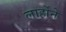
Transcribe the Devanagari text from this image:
लार्होने